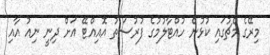
މިރޭގެ މެޗުގައި ކުޅުން ހުއްޓާލުމުގެ ފުރުސަތު އޮއިއްޓޭ އަށް ދިނީ ނިއު އާއި